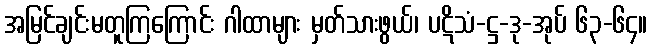
အမြင်ချင်းမတူကြကြောင်း ဂါထာများ မှတ်သားဖွယ်၊ ပဋိသံ-ဋ္ဌ-ဒု-အုပ် ၆၃-၆၄။